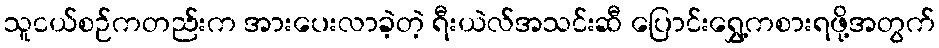
သူငယ်စဉ်ကတည်းက အားပေးလာခဲ့တဲ့ ရီးယဲလ်အသင်းဆီ ပြောင်းရွှေ့ကစားရဖို့အတွက်